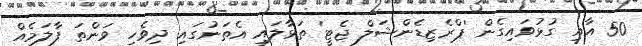
50 އާއި ގުޅުވައިގެން 'ޕްރެޒިޑެންޝަލް ޖެޓީ' ތަޅާލައި އެތަނުގައި ދިވެހި ވަންތަ ފާލަމެއް